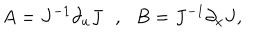
LaTeX: A = J ^ { - 1 } \partial _ { u } J \: \: \: , \: \: \: B = J ^ { - 1 } \partial _ { x } J ,